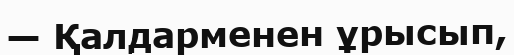
— Қалдарменен ұрысып,